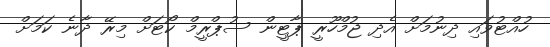
ހުއްޓުވައި ދިނުމަށް އެދި ޖުމްހޫރީ ޕާޓީން ސުޕްރީމް ކޯޓަށް މިރޭ ދާނެ ކަމަށް